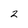
Character: 2